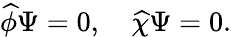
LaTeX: \widehat{\phi}\Psi=0,\quad\widehat{\chi}\Psi=0.